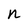
Character: n